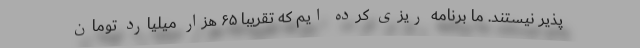
پذیر نیستند. ما برنامه ریزی کرده ایم که تقریبا ۶۵ هزار میلیارد تومان